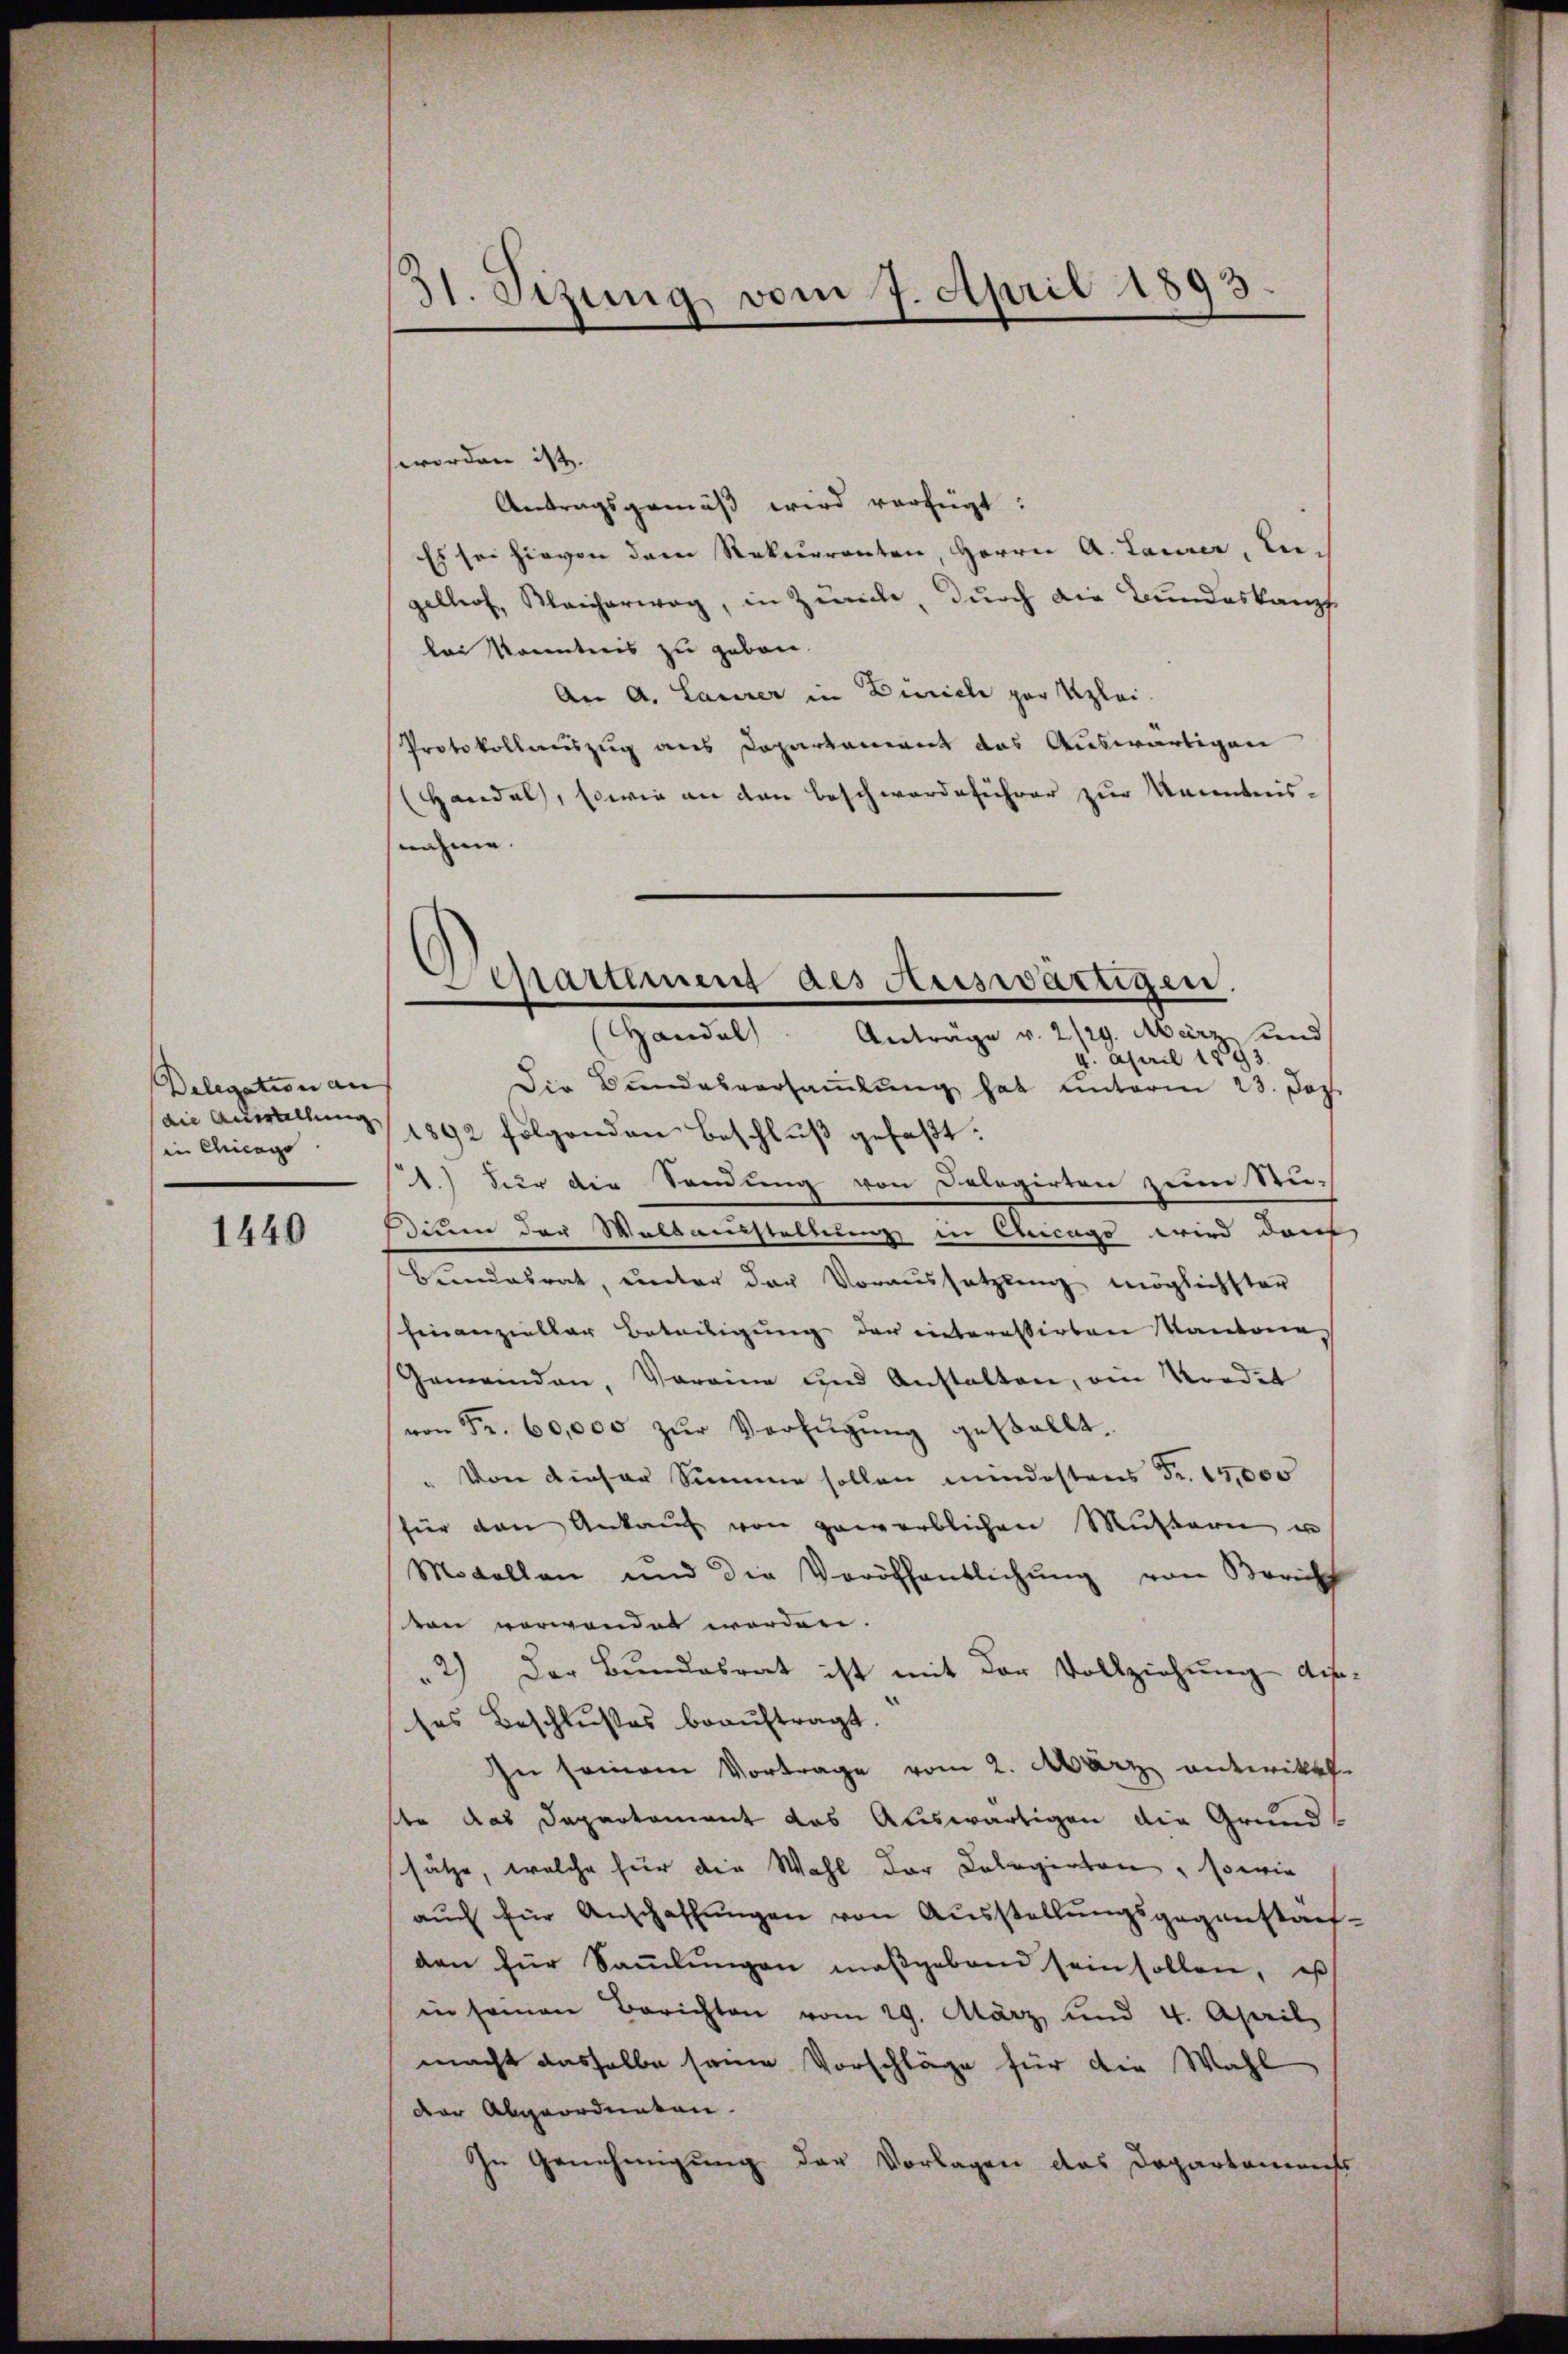
Delegation an
die Ausstellung
in Chicago

1440

31. Sizung vom 7. April 1893.

worden ist.
Antragsgemäß wird verfügt:
Es sei hievon dem Rekurrenten, Herrn A. Laurer, Engelhof, Bleicherweg, in Zürich, durch die Bundeskanzf
lai Kenntnis zu geben.
An A. Laurer in Zürich per Klei¬
Protokollauszug aus Dopartement das Auswärtigen
Handal, sowie an den Beschwerdeführer zur Kenntnisnahme.

Departement des Auswärtigen.
Handel
Anträge v. 2129. März und

4. April 1893.
Die Bundesversaṁlŭng hat unterm 23. Jez.
1892 folgenden Beschluß gefaßt:
1.) Für die Sendung von Delegirten zum Stu-
simmen der Waltausstellung in Aucago wird dank
Bundesrat, unter der Voraussetzung möglichster
sfinanzieller Beteiligung der interessirten Kantone,
Gemeinden, Vereine und Anstalten, am Mordet
von Fr. 60,000 zŭr Verfügung gestellt.
" Von dieser Summe sollen mindestens Fr. 15,000
für den Ankaŭf von gewerblichen Muttern un
Modellen und die Veröffentlichung von Zürich
von vorwandet worden.
2) Der Bundesrat ist mit der Vollziehung des-
ses Beschlußes beaŭftragt.
In seinem Vortrage vom 2. März entwickt.
te das Departement das Auswärtigen die Grund-
sätze, welche für die Wahl der Cologirten, sowie
auch für Anschaffungen von Ausstellungsgegenständen für Saṁlŭngen maßgebend sein sollen, es
in seinen Berichten vom 29. März und 4. April
macht dasselbe seine Vorschläge für die Wahl
Der Abgeordneten.
In Genehmigung der Vorlagen das Departements